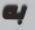
به